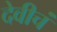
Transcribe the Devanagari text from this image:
देवीचं